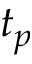
t _ { p }